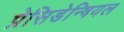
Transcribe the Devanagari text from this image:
प्रेसिडेन्षियल